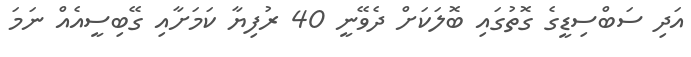
އަދި ސަބްސިޑީގެ ގޮތުގައި ބޮލަކަށް ދެވޭނީ 40 ރުފިޔާ ކަމަށާއި ގޭބިސީއެއް ނަމަ